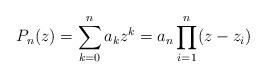
LaTeX: \begin{align*}P_n(z)= \sum_{k=0}^{n}a_k z^k= a_n\prod_{i=1}^n (z-z_i)\end{align*}